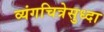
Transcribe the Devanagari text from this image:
व्यंगचित्रेसुध्दा